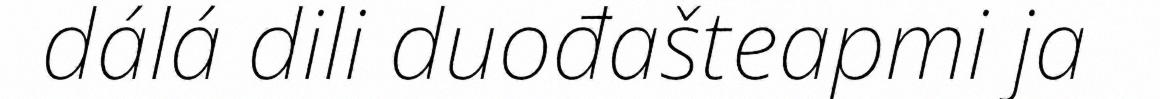
dálá dili duođašteapmi ja